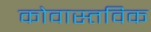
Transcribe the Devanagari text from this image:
कोवास्तविक